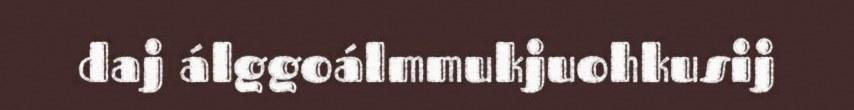
daj álggoálmmukjuohkusij